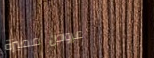
عروض مميزة